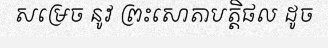
សម្រេច នូវ ព្រះសោតាបត្តិផល ដូច